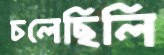
চলেছিলি